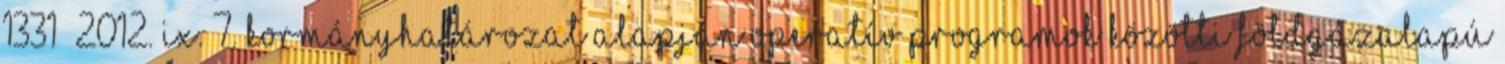
1331 2012. IX. 7. Kormányhatározat alapján Operatív programok közötti Földgázalapú